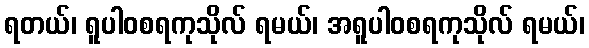
ရတယ်၊ ရူပါဝစရကုသိုလ် ရမယ်၊ အရူပါဝစရကုသိုလ် ရမယ်၊